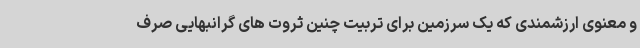
و معنوی ارزشمندی که یک سرزمین برای تربیت چنین ثروت های گرانبهایی صرف